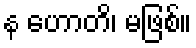
န ဟောတိ၊ မဖြစ်။